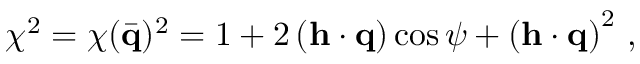
\chi ^ { 2 } = \chi ( \bar { \bf q } ) ^ { 2 } = 1 + 2 \left( { \bf h } \cdot { \bf q } \right) \cos \psi + \left( { \bf h } \cdot { \bf q } \right) ^ { 2 } \, ,